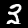
Digit: 3